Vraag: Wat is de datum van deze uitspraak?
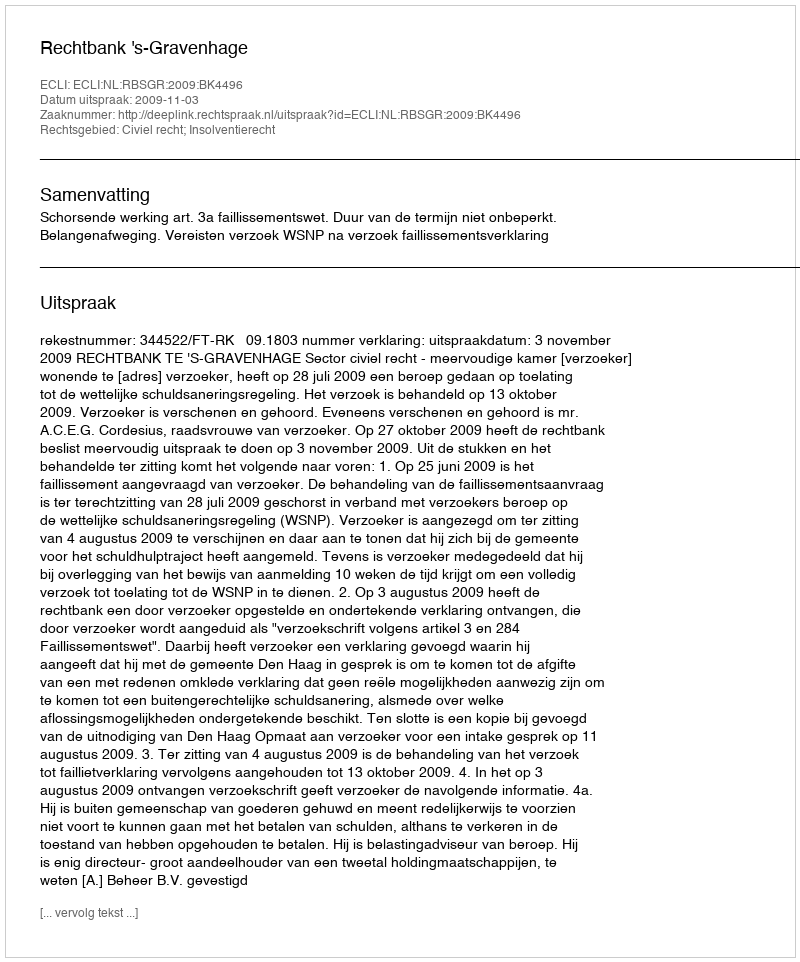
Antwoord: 2009-11-03